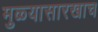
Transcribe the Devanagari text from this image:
मुळ्यासारखाच